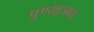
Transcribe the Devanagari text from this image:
पुण्या़जवळ